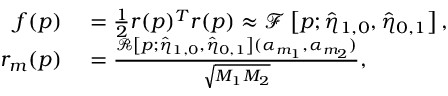
\begin{array} { r l } { f ( \boldsymbol p ) } & { { } = \frac { 1 } { 2 } r ( \boldsymbol p ) ^ { T } r ( \boldsymbol p ) \approx \mathcal { F } \left[ \boldsymbol p ; \hat { \eta } _ { 1 , 0 } , \hat { \eta } _ { 0 , 1 } \right] , } \\ { r _ { m } ( \boldsymbol p ) } & { { } = \frac { \mathcal { R } \left[ \boldsymbol p ; \hat { \eta } _ { 1 , 0 } , \hat { \eta } _ { 0 , 1 } \right] ( \alpha _ { m _ { 1 } } , \alpha _ { m _ { 2 } } ) } { \sqrt { M _ { 1 } M _ { 2 } } } , } \end{array}